Civil Veterinary Department. Central Provinces & Berar 1925-31 - 1925-1931
Year: 1925
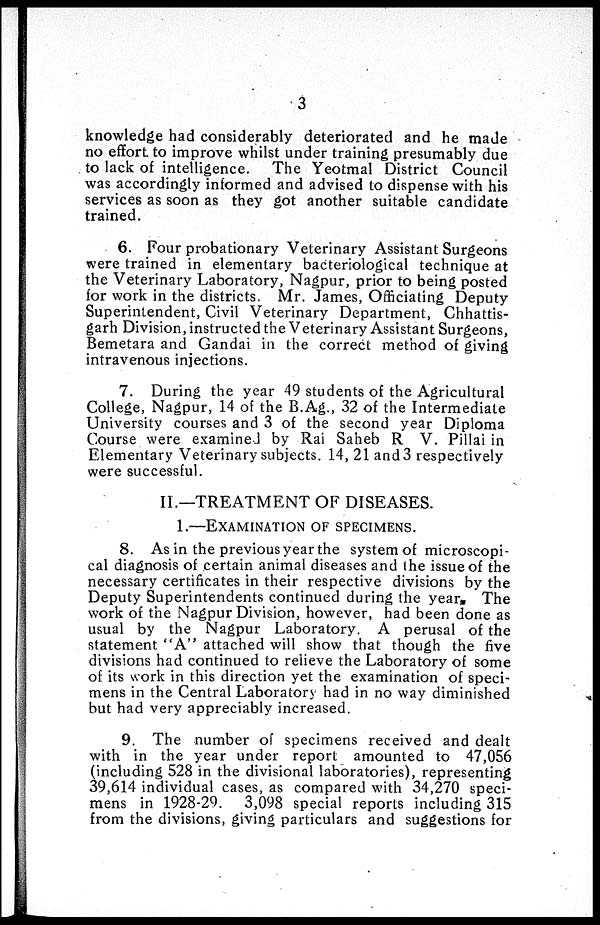
3
knowledge had considerably deteriorated and he made
no effort to improve whilst under training presumably due
to lack of intelligence. The Yeotmal District Council
was accordingly informed and advised to dispense with his
services as soon as they got another suitable candidate
trained.
6. Four probationary Veterinary Assistant Surgeons
were trained in elementary bacteriological technique at
the Veterinary Laboratory, Nagpur, prior to being posted
for work in the districts. Mr. James, Officiating Deputy
Superintendent, Civil Veterinary Department, Chhattis-
garh Division, instructed the Veterinary Assistant Surgeons,
Bemetara and Gandai in the correct method of giving
intravenous injections.
7. During the year 49 students of the Agricultural
College, Nagpur, 14 of the B.Ag., 32 of the Intermediate
University courses and 3 of the second year Diploma
Course were examined by Rai Saheb R V. Pillai in
Elementary Veterinary subjects. 14, 21 and 3 respectively
were successful.
II.—TREATMENT OF DISEASES.
1.—EXAMINATION OF SPECIMENS.
8. As in the previous year the system of microscopi-
cal diagnosis of certain animal diseases and the issue of the
necessary certificates in their respective divisions by the
Deputy Superintendents continued during the year. The
work of the Nagpur Division, however, had been done as
usual by the Nagpur Laboratory. A perusal of the
statement "A" attached will show that though the five
divisions had continued to relieve the Laboratory of some
of its work in this direction yet the examination of speci-
mens in the Central Laboratory had in no way diminished
but had very appreciably increased.
9. The number of specimens received and dealt
with in the year under report amounted to 47,056
(including 528 in the divisional laboratories), representing
39,614 individual cases, as compared with 34,270 speci-
mens in 1928-29. 3,098 special reports including 315
from the divisions, giving particulars and suggestions for